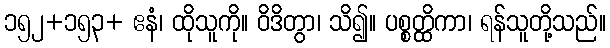
၁၅၂+၁၅၃+ ဧနံ၊ ထိုသူကို။ ဝိဒိတွာ၊ သိ၍။ ပစ္စတ္ထိကာ၊ ရန်သူတို့သည်။